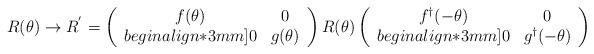
LaTeX: \begin{align*}R(\theta) \rightarrow R^{'} = \left (\begin{array}{cc}f(\theta) & 0 \\begin{align*}3mm]0 & g(\theta)\end{array}\right ) R(\theta) \left (\begin{array}{cc}f^\dagger (-\theta) & 0 \\begin{align*}3mm]0 & g^\dagger (-\theta)\end{array}\right )\end{align*}